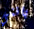
بانني